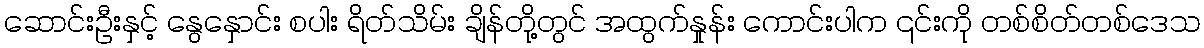
ဆောင်းဦးနှင့် နွေနှောင်း စပါး ရိတ်သိမ်း ချိန်တို့တွင် အထွက်နှုန်း ကောင်းပါက ၎င်းကို တစ်စိတ်တစ်ဒေသ